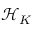
\mathcal { H } _ { K }